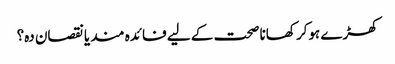
کھڑے ہوکر کھانا صحت کے لیے فائدہ مند یانقصان دہ؟